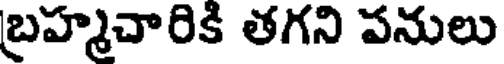
బ్రహ్మచారికి తగని పనులు